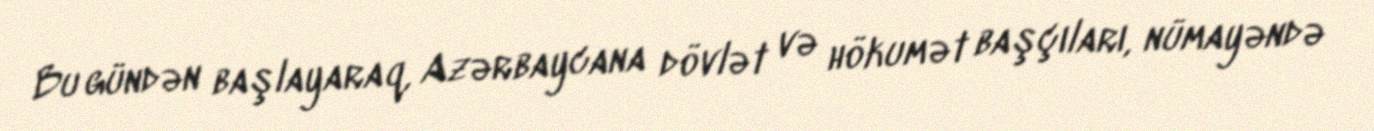
Bu gündən başlayaraq, Azərbaycana dövlət və hökumət başçıları, nümayəndə